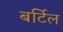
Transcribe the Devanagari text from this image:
बर्टिल